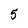
Character: 5